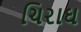
ચિરાઘ